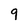
Character: 9